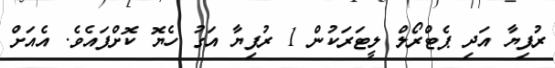
ރުފިޔާ އަދި ޕެޓްރޯލް ލީޓަރަކުން 1 ރުފިޔާ އަގު ހެޔޮ ކޮށްފައެވެ. އެއަށް